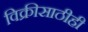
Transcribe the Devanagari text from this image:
विक्रीसाठीही